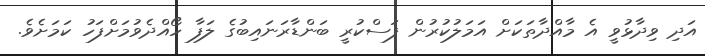
އަދި ވިދާޅުވީ އެ މާއްދާތަކަށް އަމަލުކުރުން ފަސްކުރީ ބަންޑާރަނައިބުގެ ލަފާ ހޯއްދެވުމަށްފަހު ކަމަށެވެ.